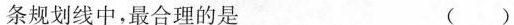
条规划线中，最合理的是 ( )